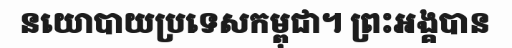
នយោបាយប្រទេសកម្ពុជា។ ព្រះអង្គបាន